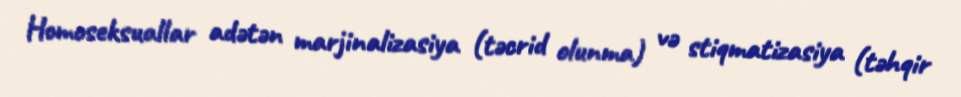
Homoseksuallar adətən marjinalizasiya (təcrid olunma) və stiqmatizasiya (təhqir